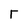
Character: T